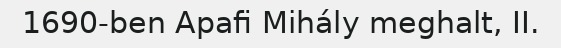
1690-ben Apafi Mihály meghalt, II.